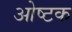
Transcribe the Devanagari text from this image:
ओष्टक